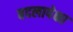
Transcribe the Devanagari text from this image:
बदलापेक्षा